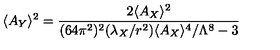
\langle A _ { Y } \rangle ^ { 2 } = { \frac { 2 \langle A _ { X } \rangle ^ { 2 } } { ( 6 4 \pi ^ { 2 } ) ^ { 2 } ( \lambda _ { X } / r ^ { 2 } ) \langle A _ { X } \rangle ^ { 4 } / \Lambda ^ { 8 } - 3 } }